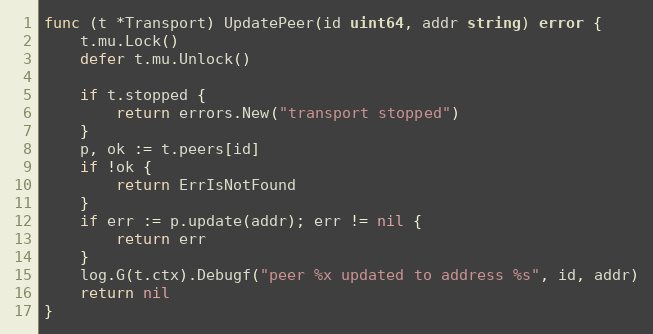
Language: Go
func (t *Transport) UpdatePeer(id uint64, addr string) error {
	t.mu.Lock()
	defer t.mu.Unlock()

	if t.stopped {
		return errors.New("transport stopped")
	}
	p, ok := t.peers[id]
	if !ok {
		return ErrIsNotFound
	}
	if err := p.update(addr); err != nil {
		return err
	}
	log.G(t.ctx).Debugf("peer %x updated to address %s", id, addr)
	return nil
}